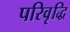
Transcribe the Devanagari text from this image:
परिवृद्धि